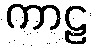
ကာဠ